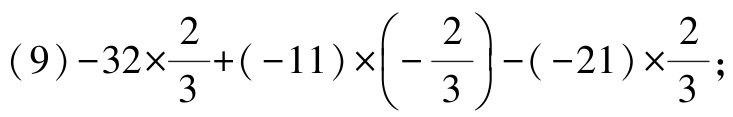
\((9)-32\times\frac{2}{3}+(-11)\times\left(-\frac{2}{3}\right)-(-21)\times\frac{2}{3};\)